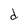
Character: d